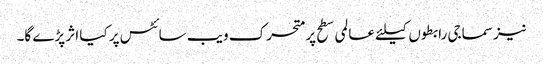
نیز سماجی رابطوں کیلئے عالمی سطح پر متحرک ویب سائٹس پر کیا اثر پڑے گا۔